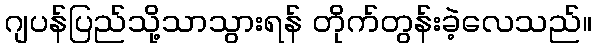
ဂျပန်ပြည်သို့သာသွားရန် တိုက်တွန်းခဲ့လေသည်။